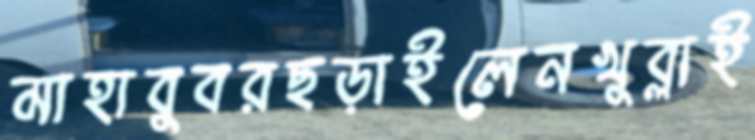
মাহাবুবরছড়াইলেনখুব্‌লাই